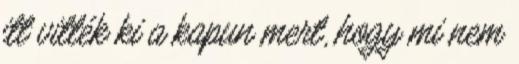
itt vitték ki a kapun mert, hogy mi nem